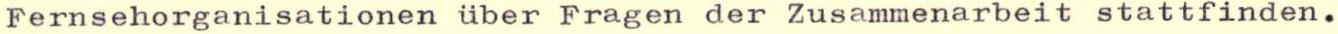
Fernsehorganisationen über Fragen der Zusammenarbeit stattfinden.